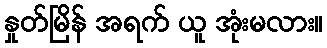
နှုတ်မြိန် အရက် ယူ အုံးမလား။